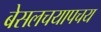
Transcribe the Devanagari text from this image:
बेसलचयापचय